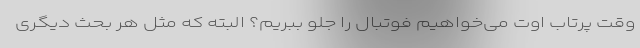
وقت پرتاب اوت می‌خواهیم فوتبال را جلو ببریم؟ البته که مثل هر بحث دیگری